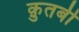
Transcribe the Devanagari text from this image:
क़ुतबी